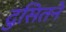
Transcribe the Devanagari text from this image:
दुसितने